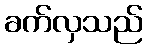
ခက်လှသည်